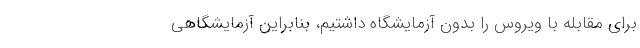
برای مقابله با ویروس را بدون آزمایشگاه داشتیم، بنابراین آزمایشگاهی